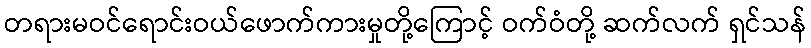
တရားမဝင်ရောင်းဝယ်ဖောက်ကားမှုတို့ကြောင့် ဝက်ဝံတို့ ဆက်လက် ရှင်သန်